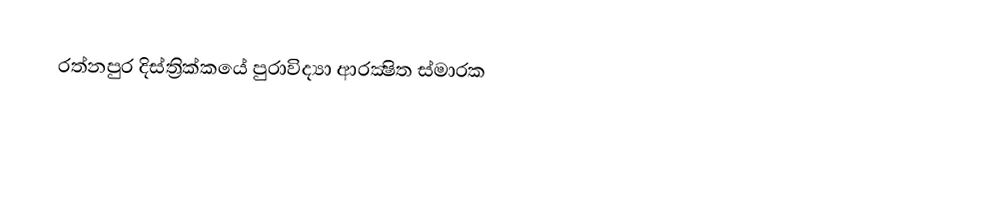
රත්නපුර දිස්ත්‍රික්කයේ පුරාවිද්‍යා ආරක්‍ෂිත ස්මාරක